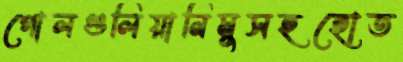
গোলগুলিয়ানিমুসহহোত